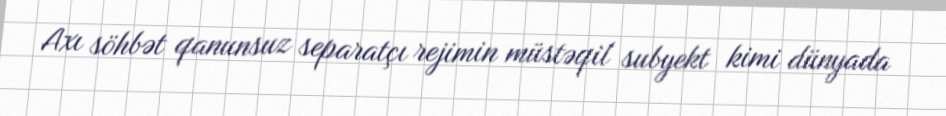
Axı söhbət qanunsuz separatçı rejimin müstəqil subyekt kimi dünyada